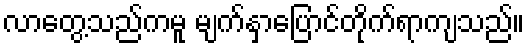
လာတွေ့သည်ကမူ မျက်နှာပြောင်တိုက်ရာကျသည်။